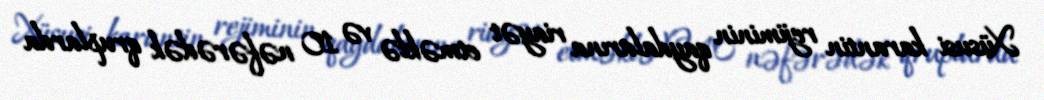
Xüsusi karantin rejiminin qaydalarına riayət etməklə və 10 nəfərədək qruplarda